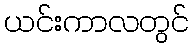
ယင်းကာလတွင်